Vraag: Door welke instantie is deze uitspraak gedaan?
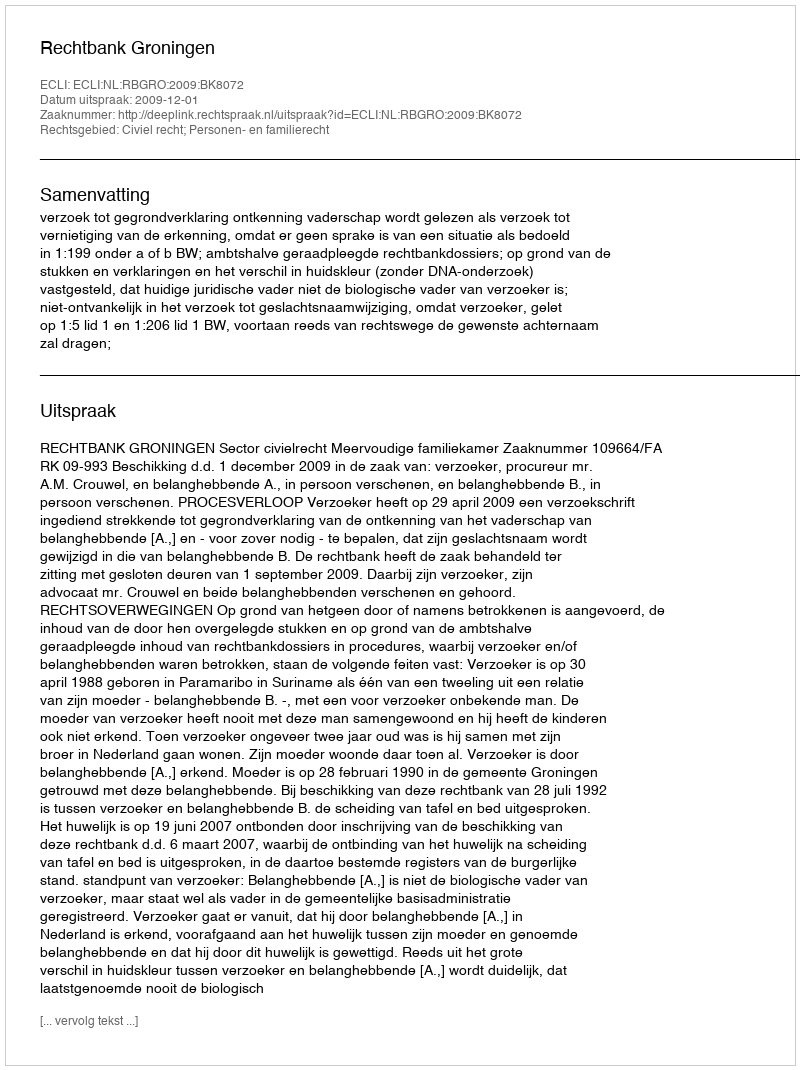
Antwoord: Rechtbank Groningen